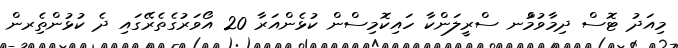
މިއަދު ޓޮސް ދިމާވުމުްނ ސްރީލަންކާ ހައިކޮމިސްން ކުޅެންއަރާ 20 އޯވަރުގެތެރޭގައި ދެ ކުޅުންތެިރން